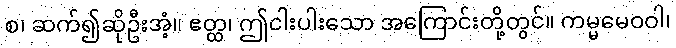
စ၊ ဆက်၍ဆိုဦးအံ့။ ဧတ္ထ၊ ဤငါးပါးသော အကြောင်းတို့တွင်။ ကမ္မမေဝဝါ၊